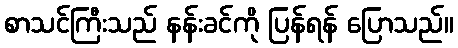
စာသင်ကြီးသည် နန်းခင်ကို ပြန်ရန် ပြောသည်။